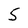
Character: 5